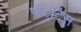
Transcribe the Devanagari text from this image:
पोट्टिस